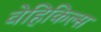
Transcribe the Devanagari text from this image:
वेहिकिल्स